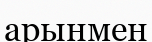
арынмен